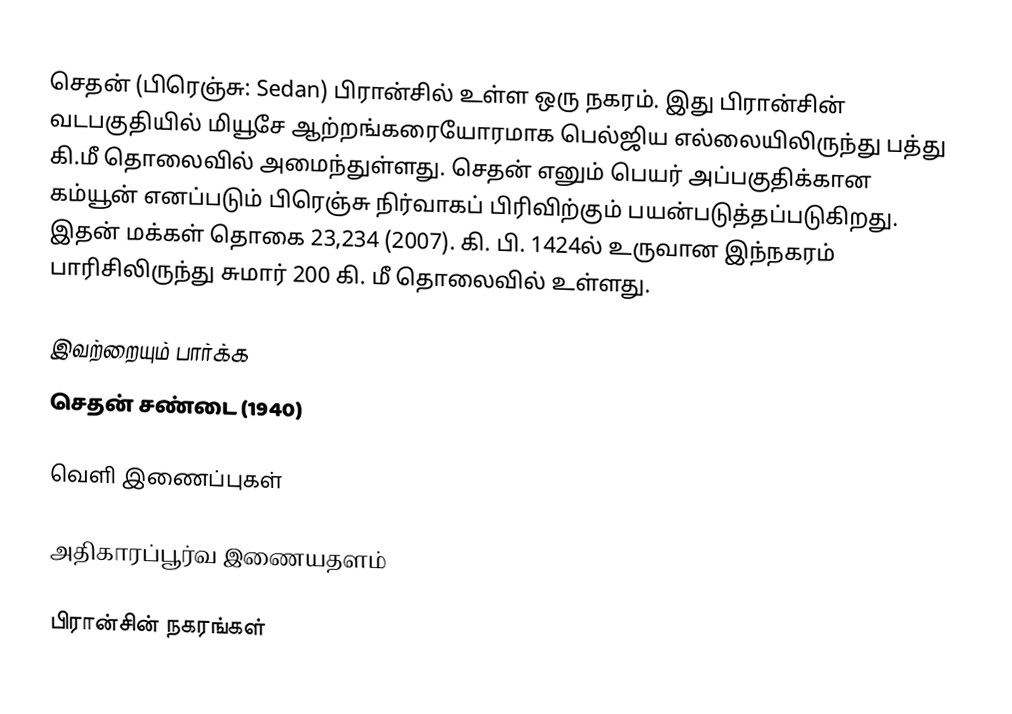
செதன் (பிரெஞ்சு: Sedan) பிரான்சில் உள்ள ஒரு நகரம். இது பிரான்சின் வடபகுதியில் மியூசே ஆற்றங்கரையோரமாக பெல்ஜிய எல்லையிலிருந்து பத்து கி.மீ தொலைவில் அமைந்துள்ளது. செதன் எனும் பெயர் அப்பகுதிக்கான கம்யூன் எனப்படும் பிரெஞ்சு நிர்வாகப் பிரிவிற்கும் பயன்படுத்தப்படுகிறது. இதன் மக்கள் தொகை 23,234 (2007). கி. பி. 1424ல் உருவான இந்நகரம் பாரிசிலிருந்து சுமார் 200 கி. மீ தொலைவில் உள்ளது.

இவற்றையும் பார்க்க
 செதன் சண்டை (1940)

வெளி இணைப்புகள்

 அதிகாரப்பூர்வ இணையதளம்

பிரான்சின் நகரங்கள்